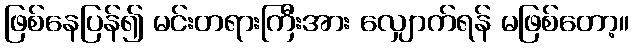
ဖြစ်နေပြန်၍ မင်းတရားကြီးအား လျှောက်ရန် မဖြစ်တော့။